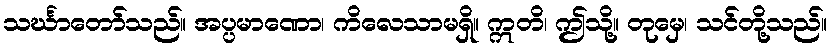
သင်္ဃာတော်သည်။ အပ္ပမာဏော၊ ကိလေသာမရှိ။ ဣတိ၊ ဤသို့။ တုမှေ၊ သင်တို့သည်။